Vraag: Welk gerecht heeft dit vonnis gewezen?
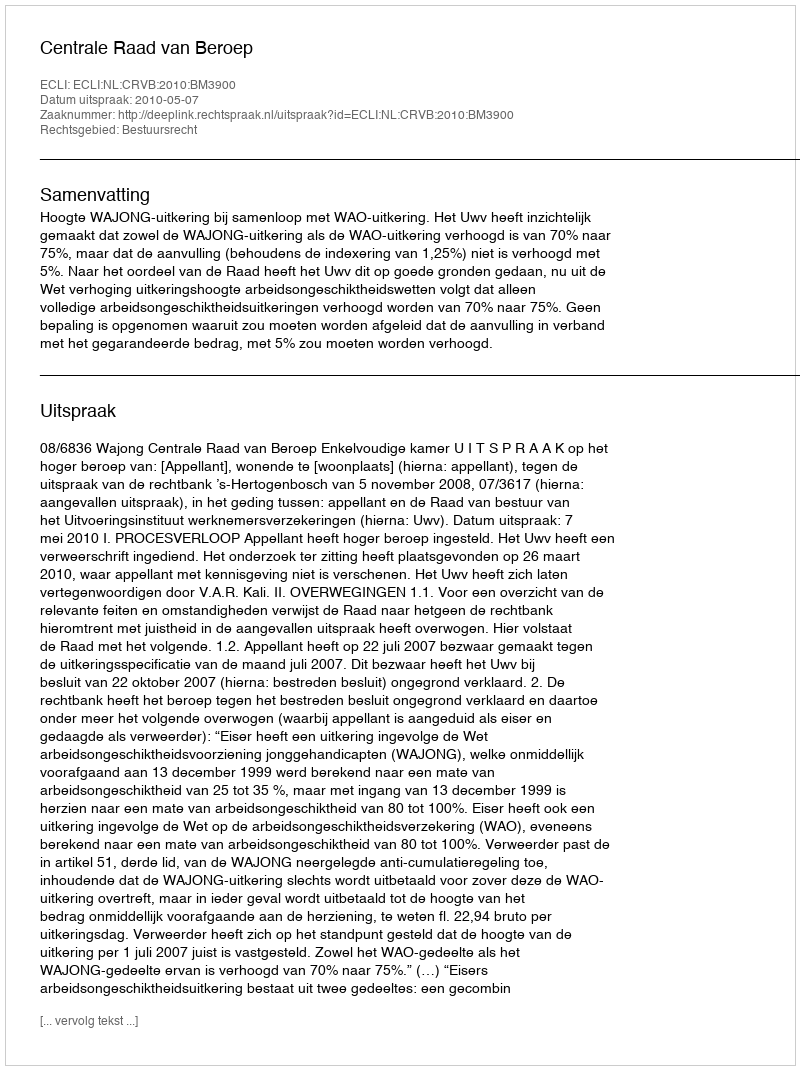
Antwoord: Centrale Raad van Beroep